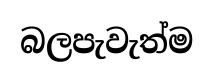
බලපැවැත්ම